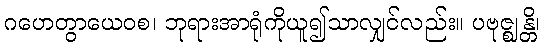
ဂဟေတွာယေဝစ၊ ဘုရားအာရုံကိုယူ၍သာလျှင်လည်း။ ပဗုဇ္ဈန္တိ၊